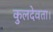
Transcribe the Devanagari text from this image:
कुलदेवता।